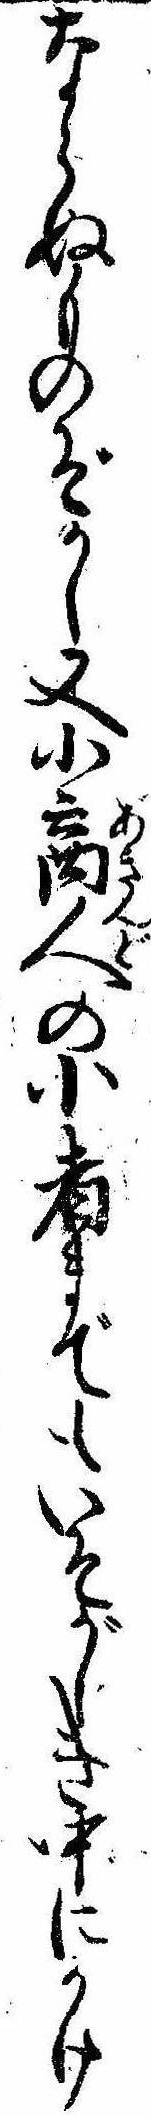
ならぬものぞかし又小商人の小者までもいそがしき中にかけ